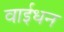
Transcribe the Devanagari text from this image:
वाईधन